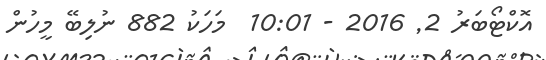
އޮކްޓޯބަރު 2